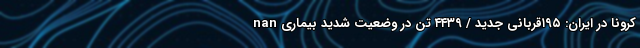
nan کرونا در ایران: ۱۹۵قربانی جدید / ۴۴۳۹ تن در وضعیت شدید بیماری